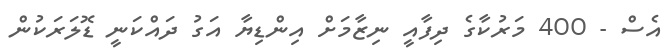
އެސް - 400 މަރުކާގެ ދިފާއީ ނިޒާމަށް އިންޑިޔާ އަގު ދައްކަނީ ޑޮލަރަކުން